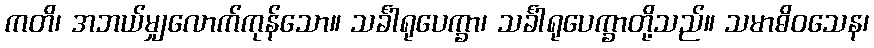
ကတိ၊ အဘယ်မျှလောက်ကုန်သော။ သင်္ခါရုပေက္ခာ၊ သင်္ခါရုပေက္ခာတို့သည်။ သမာဓိဝသေန၊